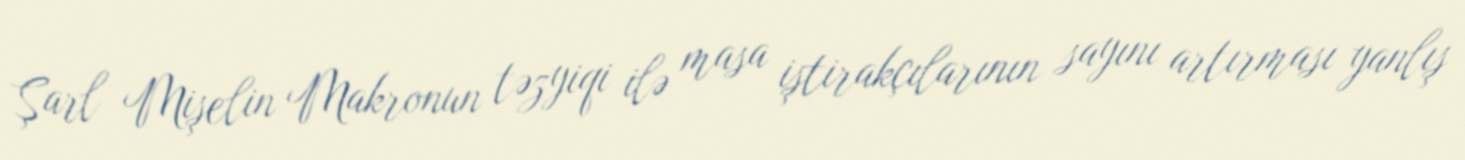
Şarl Mişelin Makronun təzyiqi ilə masa iştirakçılarının sayını artırması yanlış